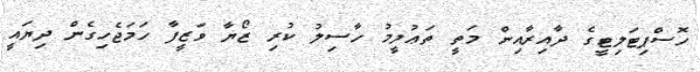
ހޮސްޕިޓަލިޓީގެ ދާއިރާއިން މަތީ ތަޢުލީމު ހާސިލު ކުރި ޒޯޔާ ވަޒީފާ ހަމަޖެހިގެން ދިޔައީ